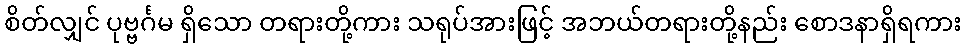
စိတ်လျှင် ပုဗ္ဗင်္ဂမ ရှိသော တရားတို့ကား သရုပ်အားဖြင့် အဘယ်တရားတို့နည်း စောဒနာရှိရကား